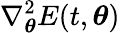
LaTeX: \nabla_{{\boldsymbol{\theta}}}^{2}E(t,{\boldsymbol{\theta}})